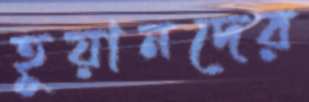
হুয়ানদের